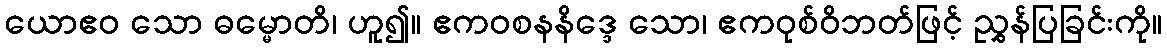
ယောဧဝ သော ဓမ္မောတိ၊ ဟူ၍။ ဧကဝစနနိဒ္ဒေ သော၊ ဧကဝုစ်ဝိဘတ်ဖြင့် ညွှန်ပြခြင်းကို။